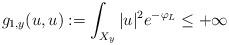
LaTeX: \begin{align*}g_{1,y}(u,u):=\int_{X_{y}} |u|^2 e^{-\varphi_L} \le +\infty\end{align*}